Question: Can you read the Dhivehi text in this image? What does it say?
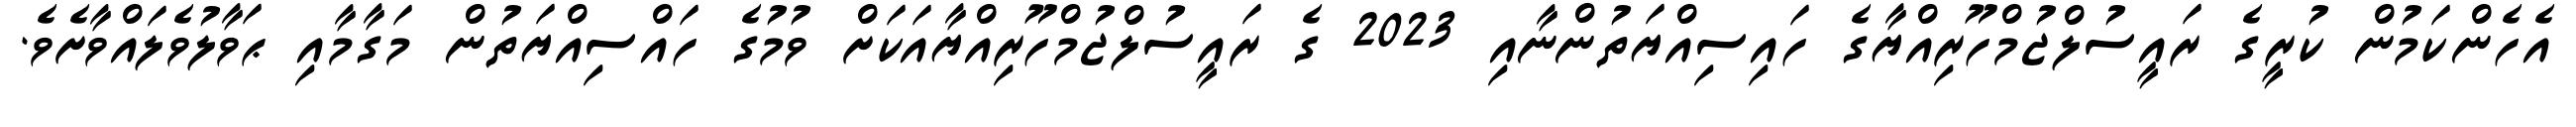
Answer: އެހެންކަމުން ކުރީގެ ރައީސުލްޖުމްހޫރިއްޔާގެ ހައިސިއްޔަތުންނާއި 2023 ގެ ރައީސުލްޖުމްހޫރިއްޔާއަކަށް ވުމުގެ ހައްސިއްޔަތުން މަގާމާއި ޙަވާލުވެލައްވާށެވެ.